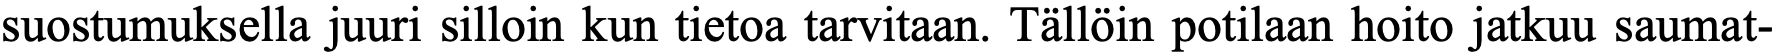
suostumuksella juuri silloin kun tietoa tarvitaan. Tällöin potilaan hoito jatkuu saumat-